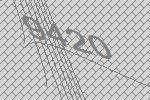
9420